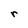
Character: r